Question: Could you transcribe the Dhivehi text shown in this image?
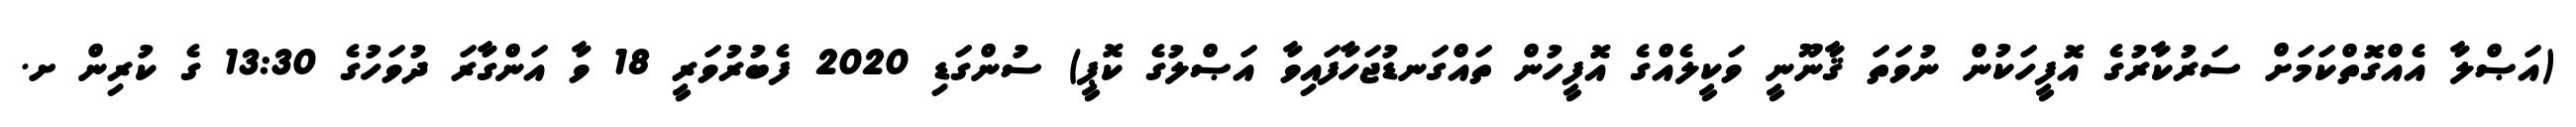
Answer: (އަޞްލާ އެއްގޮތްކަމަށް ސަރުކާރުގެ އޮފީހަކުން ނުވަތަ ޤާނޫނީ ވަކީލެއްގެ އޮފީހުން ތައްގަނޑުޖަހާފައިވާ އަޞްލުގެ ކޮޕީ) ސުންގަޑި 2020 ފެބުރުވަރީ 18 ވާ އަންގާރަ ދުވަހުގެ 13:30 ގެ ކުރިން ށ.